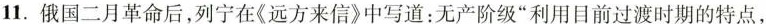
11.俄国二月革命后，列宁在《远方来信》中写道：无产阶级”利用目前过渡时期的特点，